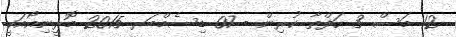
12 މަސް 3 ހަފްތާ ކުރިން - 07 ޑިސެމްބަރ 2015 މޮރީނިއޯއަކީ